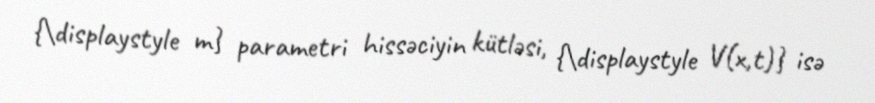
{\displaystyle m} parametri hissəciyin kütləsi, {\displaystyle V(x,t)} isə